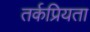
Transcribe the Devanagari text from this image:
तर्कप्रियता